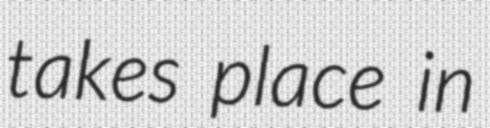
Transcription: takes place in